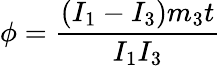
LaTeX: \phi=\frac{(I_{1}-I_{3})m_{3}t}{I_{1}I_{3}}